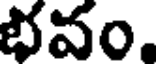
భవం.